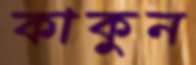
কাকুন